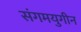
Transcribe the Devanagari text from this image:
संगमयुगीन